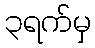
၃ရက်မှ